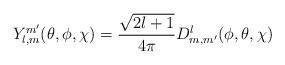
LaTeX: \begin{align*}Y_{l,m}^{m'}(\theta,\phi,\chi)=\frac{\sqrt{2l+1}}{4\pi}D^{l}_{m,m'}(\phi,\theta, \chi)\end{align*}